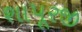
શાપૂરજી